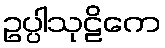
ဥပ္ပါသုဠိကေ